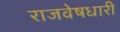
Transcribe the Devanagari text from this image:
राजवेषधारी